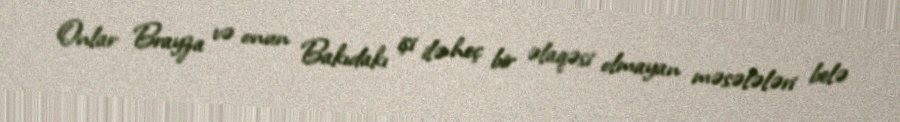
Onlar Brayza və onun Bakıdakı işi ilə heç bir əlaqəsi olmayan məsələləri belə